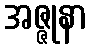
အဇ္ဇုနာ